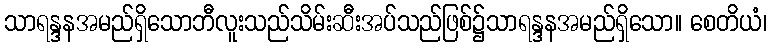
သာရန္ဒနအမည်ရှိသောဘီလူးသည်သိမ်းဆီးအပ်သည်ဖြစ်၌သာရန္ဒနအမည်ရှိသော။ စေတိယံ၊